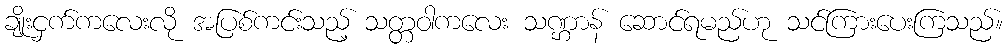
ချိုးငှက်ကလေးလို အပြစ်ကင်းသည့် သတ္တဝါကလေး သဏ္ဌာန် ဆောင်ရမည်ဟု သင်ကြားပေးကြသည်။